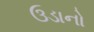
ઉડાનો